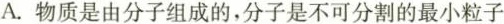
A.物质是由分子组成的，分子是不可分割的最小粒子